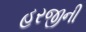
હરજીની